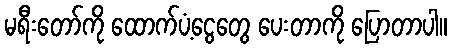
မရီးတော်ကို ထောက်ပံ့ငွေတွေ ပေးတာကို ပြောတာပါ။